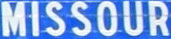
MISSOUR